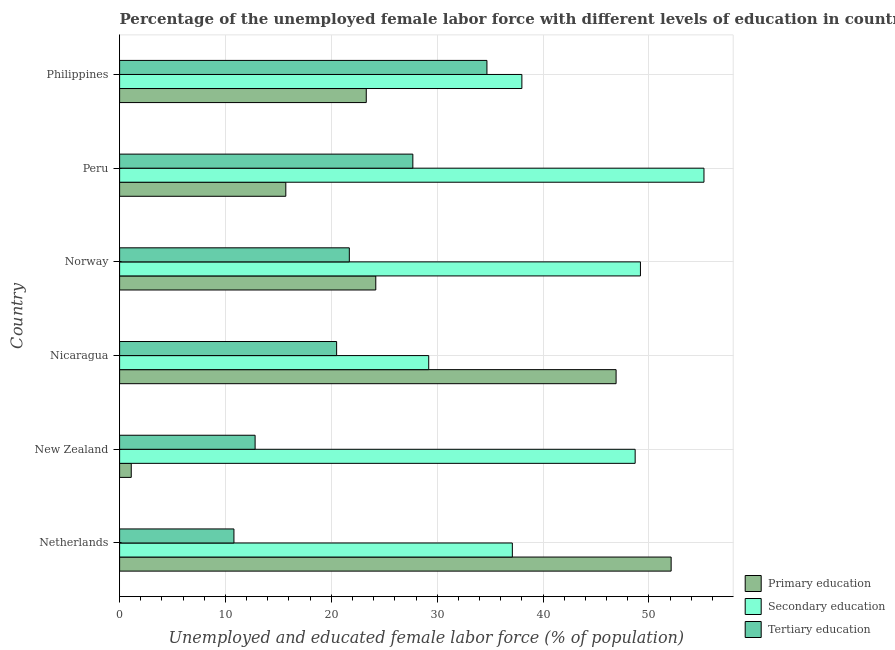
| Country | Primary education | Secondary education | Tertiary education |
 | --- | --- | --- | --- |
 | Netherlands | 52.1 | 37.1 | 10.8 |
 | New Zealand | 1.1 | 48.7 | 12.8 |
 | Nicaragua | 46.9 | 29.2 | 20.5 |
 | Norway | 24.2 | 49.2 | 21.7 |
 | Peru | 15.7 | 55.2 | 27.7 |
 | Philippines | 23.3 | 38 | 34.7 |